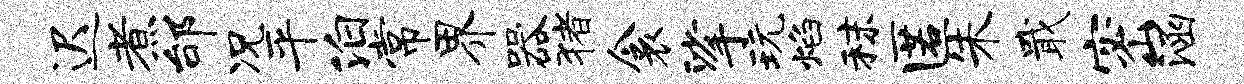
迟煮邰况平泊常界器猪衾挲玩焰秣匿朱戢密涵